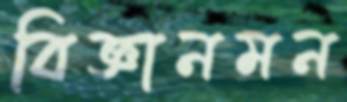
বিজ্ঞানমন